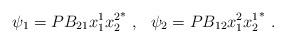
LaTeX: \begin{align*} \psi_1 = PB_{21}x^1_1{x^2_2}^\ast \ , \ \ \psi_2 = PB_{12}x^2_1{x^1_2}^\ast \ .\end{align*}